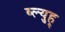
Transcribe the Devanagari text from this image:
ब्ल्युह्